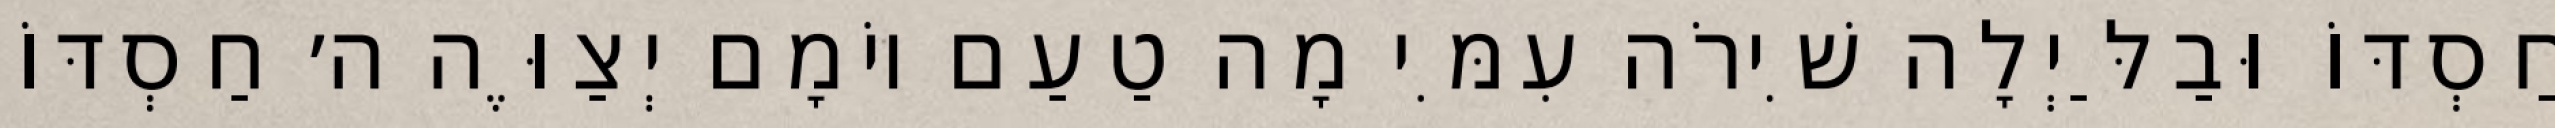
חַסְדּוֹ וּבַלַּיְלָה שִׁירֹה עִמִּי מָה טַעַם יוֹמָם יְצַוֶּה ה׳ חַסְדּוֹ